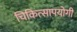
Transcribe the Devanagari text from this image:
चिकित्सापयोगी